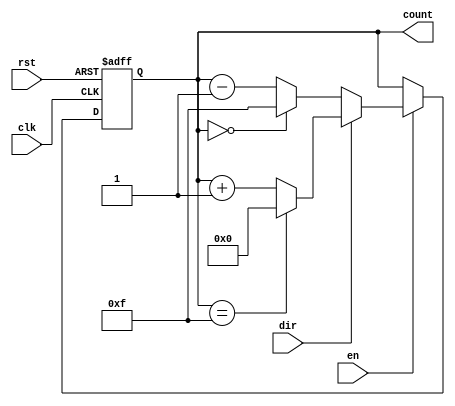
module multi_bit_counter #(
    parameter BIT_WIDTH = 4,       // Number of bits for the counter
    parameter MIN_VALUE = 0,       // Minimum value of the counter
    parameter MAX_VALUE = (1 << BIT_WIDTH) - 1 // Maximum value of the counter
)(
    input wire clk,                // Clock signal
    input wire rst,                // Asynchronous reset signal (active-high)
    input wire en,                 // Count enable signal
    input wire dir,                // Count direction (1 for up, 0 for down)
    output reg [BIT_WIDTH-1:0] count // Current counter value
);

    // Asynchronous reset and counting logic
    always @(posedge clk or posedge rst) begin
        if (rst) begin
            count <= MIN_VALUE;    // Reset the counter to MIN_VALUE
        end else if (en) begin
            if (dir) begin
                // Count Up
                if (count == MAX_VALUE) begin
                    count <= MIN_VALUE; // Wrap around to MIN_VALUE
                end else begin
                    count <= count + 1; // Increment counter
                end
            end else begin
                // Count Down
                if (count == MIN_VALUE) begin
                    count <= MAX_VALUE; // Wrap around to MAX_VALUE
                end else begin
                    count <= count - 1; // Decrement counter
                end
            end
        end
    end

endmodule